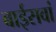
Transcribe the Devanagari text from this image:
बाईसवां